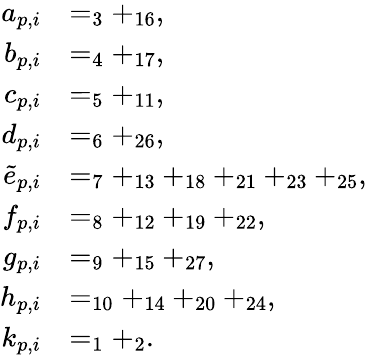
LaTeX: \begin{array}{rl}{a_{p,i}}&{=_{3}+_{16},}\\ {b_{p,i}}&{=_{4}+_{17},}\\ {c_{p,i}}&{=_{5}+_{11},}\\ {d_{p,i}}&{=_{6}+_{26},}\\ {\tilde{e}_{p,i}}&{=_{7}+_{13}+_{18}+_{21}+_{23}+_{25},}\\ {f_{p,i}}&{=_{8}+_{12}+_{19}+_{22},}\\ {g_{p,i}}&{=_{9}+_{15}+_{27},}\\ {h_{p,i}}&{=_{10}+_{14}+_{20}+_{24},}\\ {k_{p,i}}&{=_{1}+_{2}.}\end{array}